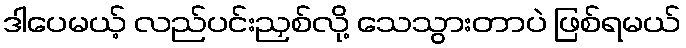
ဒါပေမယ့် လည်ပင်းညှစ်လို့ သေသွားတာပဲ ဖြစ်ရမယ်